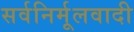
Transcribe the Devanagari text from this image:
सर्वनिर्मूलवादी